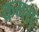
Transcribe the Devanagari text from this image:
क्रमश्ः